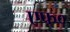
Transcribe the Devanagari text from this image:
एफ्‌०